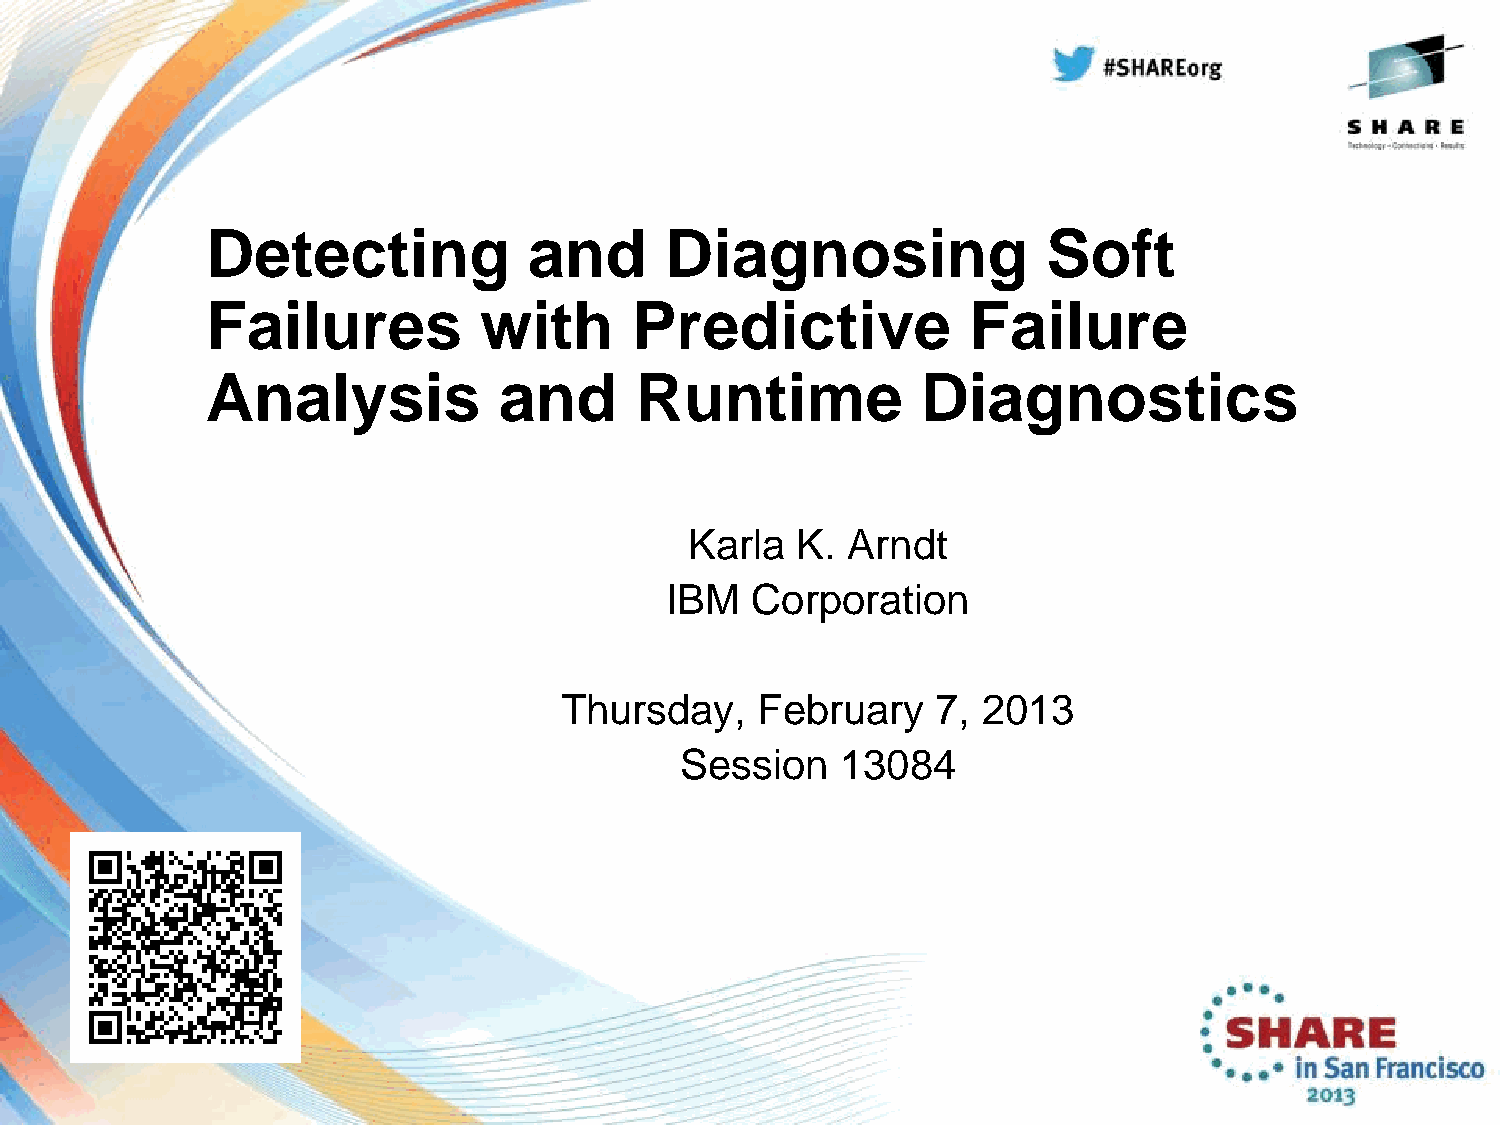
Detecting            and      Diagnosing               Soft
 Failures          with      Predictive            Failure
 Analysis           and      Runtime            Diagnostics
 Karla  K. Arndt
 IBM   Corporation
 Thursday,    February    7, 2013
 Session    13084